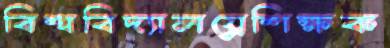
বিশ্ববিদ্যালয়্রেশিক্ষক